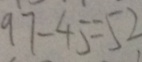
9 7 - 4 5 = 5 2